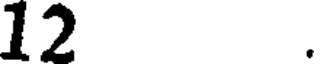
12 .